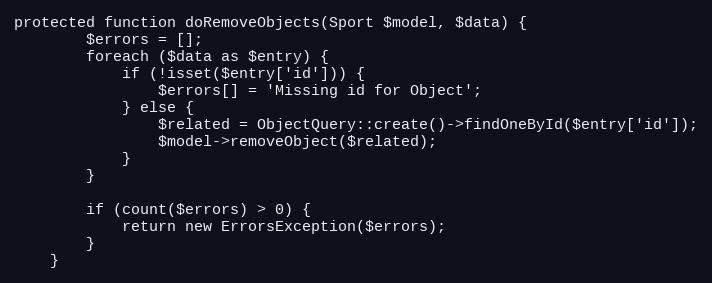
Language: PHP
protected function doRemoveObjects(Sport $model, $data) {
		$errors = [];
		foreach ($data as $entry) {
			if (!isset($entry['id'])) {
				$errors[] = 'Missing id for Object';
			} else {
				$related = ObjectQuery::create()->findOneById($entry['id']);
				$model->removeObject($related);
			}
		}

		if (count($errors) > 0) {
			return new ErrorsException($errors);
		}
	}